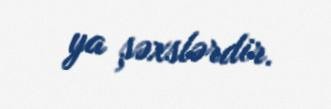
ya şəxslərdir.